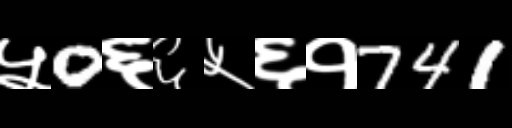
Text: ५0६६५६१741